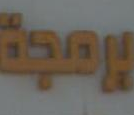
برمجة